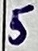
Text: 5